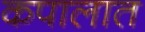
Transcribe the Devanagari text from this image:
कपालात